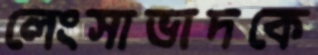
লেংসাভাদকে